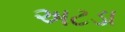
અટડા